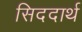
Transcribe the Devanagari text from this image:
सिददार्थ